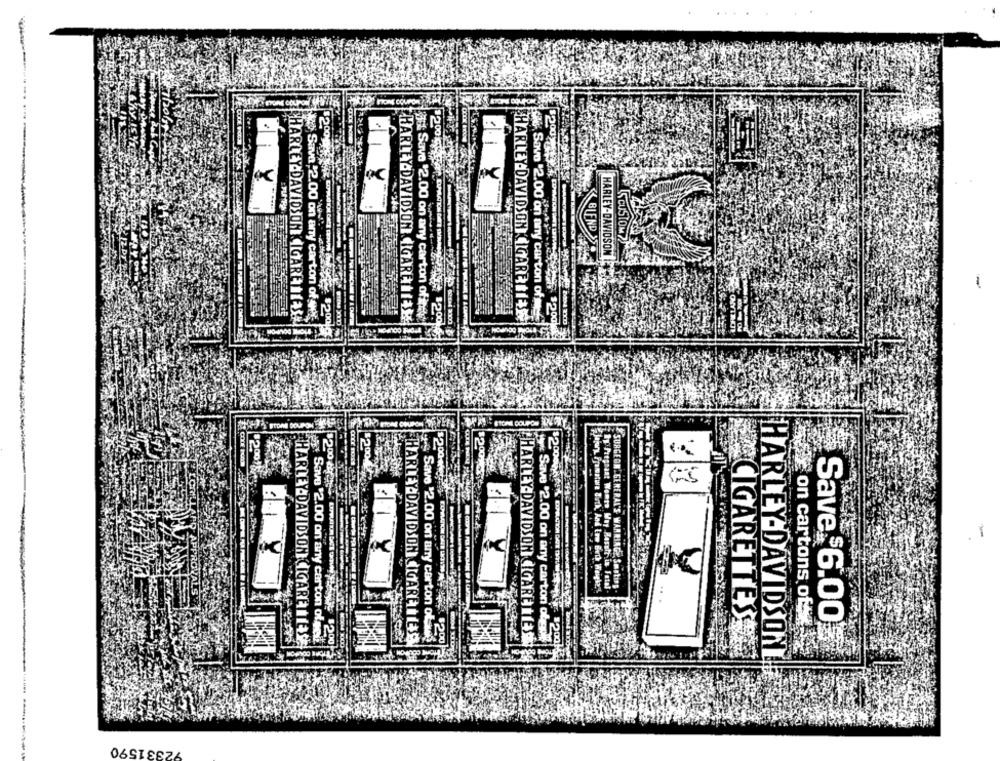
-
loc
BLEND
SCUSTOM7
HARLEY-DAVIDSON
4% Save "2.00 on any carton of
HARLEY DAVIDSON CIGARE 1 3
12 Sava 2.00 on any carton of ver-
33it: Save '2.00 on any carton ofits
HARLEY-DAVIDSON CIGARE 13
HARLEY-DAVIDSON IGARE 1/3
02:04 2000
12
$200
$20044 +2524
.
SURGEON' GENERAL'S WARNING Smsting.
Save $6.00
g-s Save '2.00 on any carton of
CIGARETTES
[HARLEY-DAVIDSON CIGARETTES
on cartons of
aga Save '2.00 on any carton ofect.
Save $2.00 on any carton obigpl?
HARLEY-DAVIDSON CIGARETTES
HARLEY DAVIDSON CIGARETTES3
HARLEY-DAVIDSONL
92331590